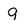
Character: 9